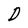
Character: D